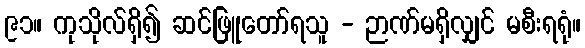
၉၁။ ကုသိုလ်ရှိ၍ ဆင်ဖြူတော်ရသူ - ဉာဏ်မရှိလျှင် မစီးရရုံ။